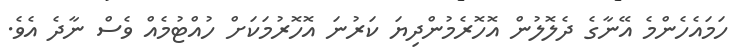
ހަމައެހެންމެ އޭނާގެ ދެލޮލުން އޮހޮރެމުންދިޔަ ކަރުނަ އޮހޮރުމަކަށް ހުއްޓުމެއް ވެސް ނާދެ އެވެ.